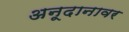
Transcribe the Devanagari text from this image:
अनूदानावर